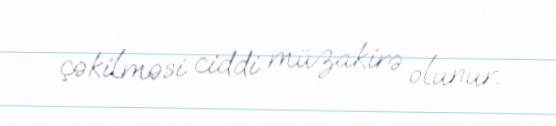
çəkilməsi ciddi müzakirə olunur.